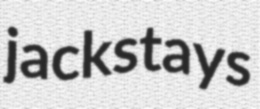
jackstays